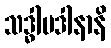
သဒ္ဓါပဒါနာနိ